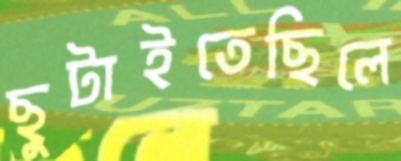
ছুটাইতেছিলে